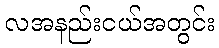
လအနည်းငယ်အတွင်း